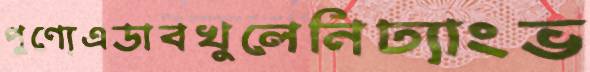
পুণ্যেএডাবখুলেনিঢ্যাংভ